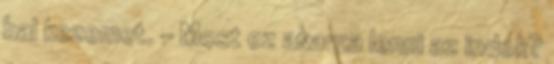
bal kezemet. - Most ez akarna lenni az indok?